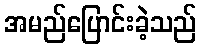
အမည်ပြောင်းခဲ့သည်